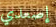
إصعدي